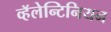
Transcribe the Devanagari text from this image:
व्हॅलेन्टिनियन